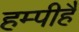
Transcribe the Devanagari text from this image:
हम्पीहै